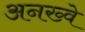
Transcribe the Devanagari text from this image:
अनख्वे